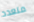
متعدد